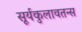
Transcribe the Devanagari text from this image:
सूर्यकुलावतन्स